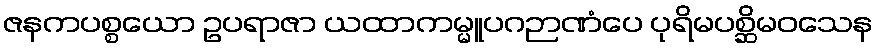
ဇနကပစ္စယော ဥပရာဇာ ယထာကမ္မူပဂဉာဏံပေ ပုရိမပစ္ဆိမဝသေန